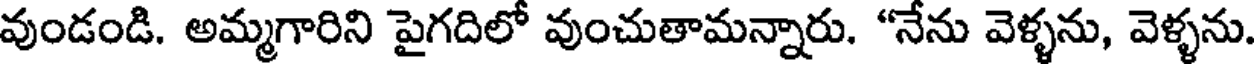
వుండండి. అమ్మగారిని పైగదిలో వుంచుతామన్నారు. "నేను వెళ్ళను, వెళ్ళను